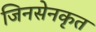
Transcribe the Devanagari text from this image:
जिनसेनकृत